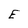
Character: E